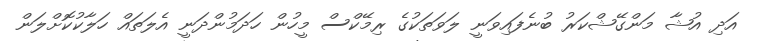
އަދި އުޝާ މަންގޭޝްކަރު ބުނެފައިވަނީ ލަވަތަކުގެ ރިމޭކްސް މީހުން ހަދަމުންދަނީ އެލަތައް ހަލާކުކޮށްލަން